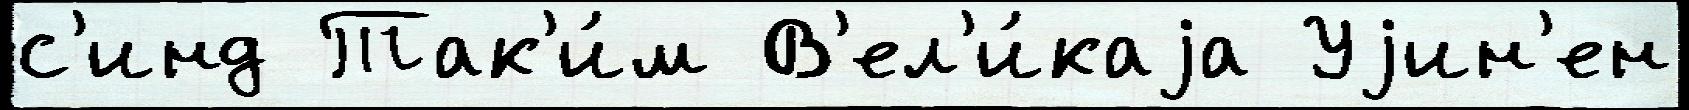
с'инд Так'и́м В'ел'и́каjа Уjин'ен